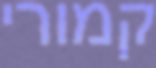
קמורי